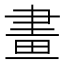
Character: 畫